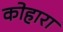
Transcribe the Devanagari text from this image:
कोहारा